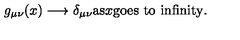
g _ { \mu \nu } ( x ) \longrightarrow \delta _ { \mu \nu } \mathrm { a s } x \mathrm { g o e s \ t o \ i n f i n i t y . }